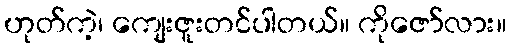
ဟုတ်ကဲ့၊ ကျေးဇူးတင်ပါတယ်။ ကိုဇော်လား။